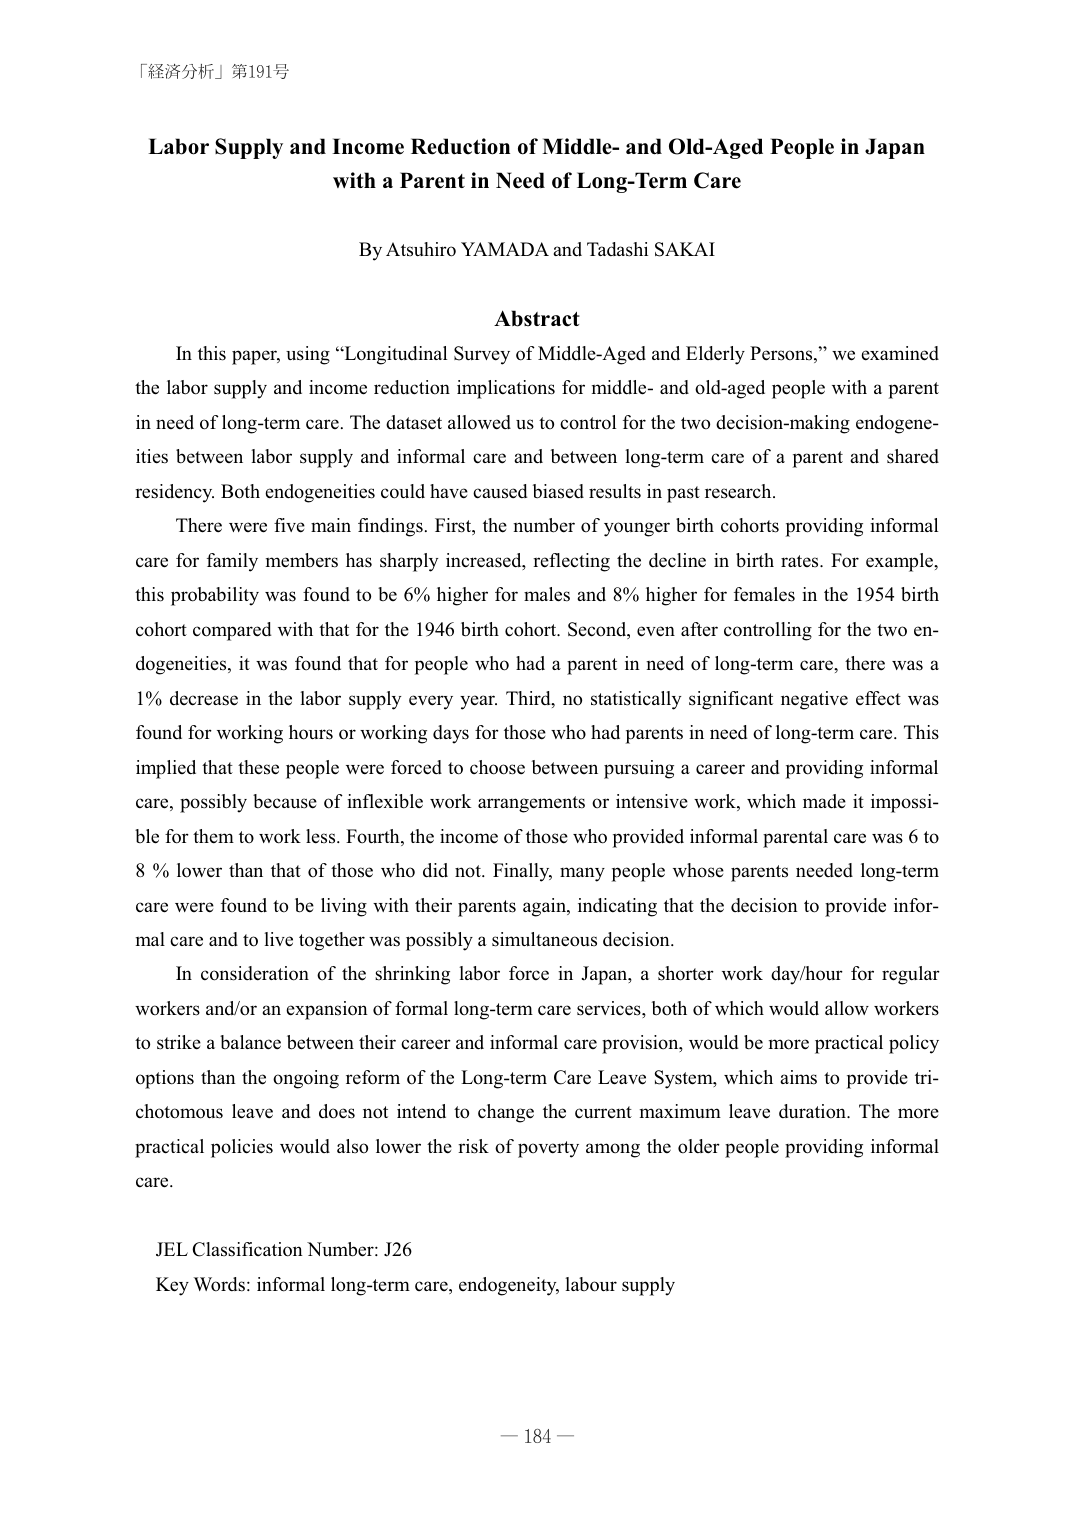
「経済分析」第191号

Labor Supply and Income Reduction of Middle- and Old-Aged People in Japan
with a Parent in Need of Long-Term Care

By Atsuhiro YAMADA and Tadashi SAKAI

Abstract

In this paper, using “Longitudinal Survey of Middle-Aged and Elderly Persons,” we examined
the labor supply and income reduction implications for middle- and old-aged people with a parent
in need of long-term care. The dataset allowed us to control for the two decision-making endogene-
ities between labor supply and informal care and between long-term care of a parent and shared
residency. Both endogeneities could have caused biased results in past research.

There were five main findings. First, the number of younger birth cohorts providing informal
care for family members has sharply increased, reflecting the decline in birth rates. For example,
this probability was found to be 6% higher for males and 8% higher for females in the 1954 birth
cohort compared with that for the 1946 birth cohort. Second, even after controlling for the two en-
dogeneities, it was found that for people who had a parent in need of long-term care, there was a
1% decrease in the labor supply every year. Third, no statistically significant negative effect was
found for working hours or working days for those who had parents in need of long-term care. This
implied that these people were forced to choose between pursuing a career and providing informal
care, possibly because of inflexible work arrangements or intensive work, which made it impossi-
ble for them to work less. Fourth, the income of those who provided informal parental care was 6 to
8 % lower than that of those who did not. Finally, many people whose parents needed long-term
care were found to be living with their parents again, indicating that the decision to provide infor-
mal care and to live together was possibly a simultaneous decision.

In consideration of the shrinking labor force in Japan, a shorter work day/hour for regular
workers and/or an expansion of formal long-term care services, both of which would allow workers
to strike a balance between their career and informal care provision, would be more practical policy
options than the ongoing reform of the Long-term Care Leave System, which aims to provide tri-
chotomous leave and does not intend to change the current maximum leave duration. The more
practical policies would also lower the risk of poverty among the older people providing informal
care.

JEL Classification Number: J26
Key Words: informal long-term care, endogeneity, labour supply

— 184 —